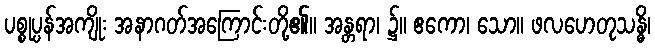
ပစ္စုပ္ပန်အကျိုး အနာဂတ်အကြောင်းတို့၏။ အန္တရာ၊ ၌။ ဧကော၊ သော။ ဖလဟေတုသန္ဓိ၊